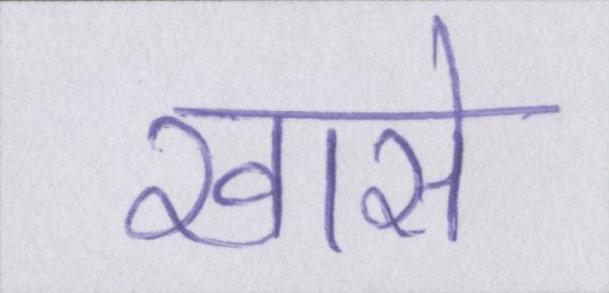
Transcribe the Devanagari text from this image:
खासे